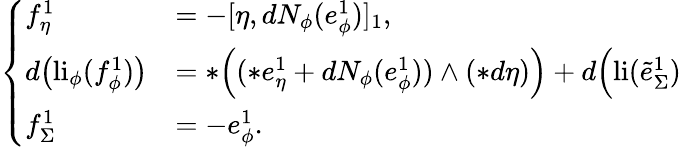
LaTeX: \left\{ \begin{array}{ll}{f_{\eta}^{1}}&{=-[\eta,dN_{\phi}(e_{\phi}^{1})]_{1},}\\ {d\big(\mathrm{li}_{\phi}(f_{\phi}^{1})\big)}&{=\ast\Big((\ast e_{\eta}^{1}+dN_{\phi}(e_{\phi}^{1}))\wedge(\ast d\eta)\Big)+d\Big(\mathrm{li}(\tilde{e}_{\Sigma}^{1})}\\ {f_{\Sigma}^{1}}&{=-e_{\phi}^{1}.}\end{array}\right.